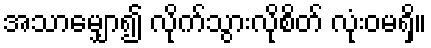
အသာမျှော၍ လိုက်သွားလိုစိတ် လုံးဝမရှိ။